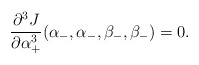
\begin{align*} \frac{\partial^3J}{\partial\alpha_+^3}(\alpha_-,\alpha_-,\beta_-,\beta_-)=0.\end{align*}